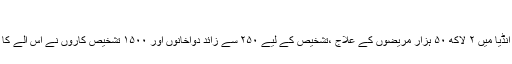
‘‘
۲۰۱۶ ء میں انڈیا میں ۲ لاکھ ۵۰ ہزار مریضوں کے علاج ،تشخیص کے لیے ۲۵۰ سے زائد دواخانوں اور ۱۵۰۰ تشخیص کاروں نے اس آلے کا استعمال کیا ۔